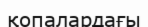
қопалардағы